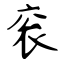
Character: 衮